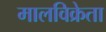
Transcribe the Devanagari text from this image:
मालविक्रेता